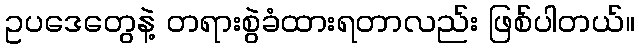
ဥပဒေတွေနဲ့ တရားစွဲခံထားရတာလည်း ဖြစ်ပါတယ်။